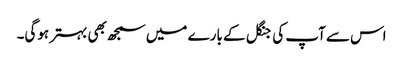
اس سے آپ کی جنگل کے بارے میں سمجھ بھی بہتر ہوگی۔